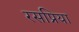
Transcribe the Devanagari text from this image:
रसप्रिया